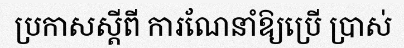
ប្រកាសស្តីពី ការណែនាំឱ្យប្រើ ប្រាស់